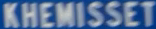
KHEMISSET